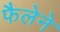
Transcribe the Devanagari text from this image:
फैलेने